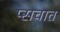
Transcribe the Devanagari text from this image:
प्सचात